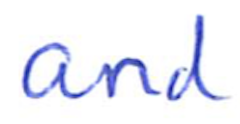
Text: and
Cross-out: clean
Writing tool: ballpoint